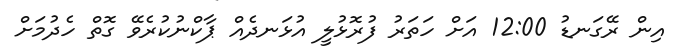
އިން ރޭގަނޑު 12:00 އަށް ހަތަރު ފުރޮޅުލީ އުޅަނދެއް ޕާކްނުކުރެވޭ ގޮތް ހެދުމަށް